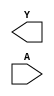
module sky130_fd_sc_lp__clkinvlp (
    Y,
    A
);

    output Y;
    input  A;

    // Voltage supply signals
    supply1 VPWR;
    supply0 VGND;
    supply1 VPB ;
    supply0 VNB ;

endmodule